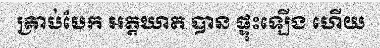
គ្រាប់បែក អត្តឃាត បាន ផ្ទុះឡើង ហើយ